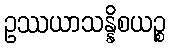
ဥဿယာသန္နိစယဉ္စ